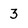
Character: 3